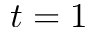
t = 1